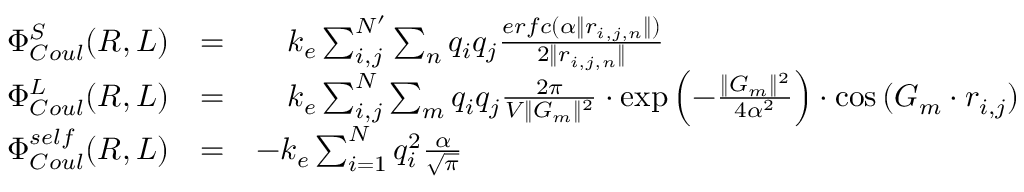
\begin{array} { r l r l } & { \Phi _ { C o u l } ^ { S } ( R , L ) } & { = } & { \quad k _ { e } \sum _ { i , j } ^ { N ^ { \prime } } \sum _ { n } q _ { i } q _ { j } \frac { e r f c ( \alpha \| r _ { i , j , n } \| ) } { 2 \| r _ { i , j , n } \| } } \\ & { \Phi _ { C o u l } ^ { L } ( R , L ) } & { = } & { \quad k _ { e } \sum _ { i , j } ^ { N } \sum _ { m } q _ { i } q _ { j } \frac { 2 \pi } { V \| G _ { m } \| ^ { 2 } } \cdot \exp { \left( - \frac { \| G _ { m } \| ^ { 2 } } { 4 \alpha ^ { 2 } } \right) } \cdot \cos { ( { G _ { m } } \cdot r _ { i , j } ) } } \\ & { \Phi _ { C o u l } ^ { s e l f } ( R , L ) } & { = } & { - k _ { e } \sum _ { i = 1 } ^ { N } q _ { i } ^ { 2 } \frac { \alpha } { \sqrt { \pi } } } \end{array}